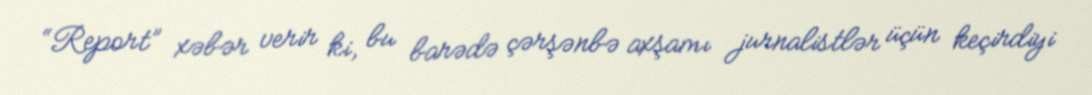
“Report” xəbər verir ki, bu barədə çərşənbə axşamı jurnalistlər üçün keçirdiyi